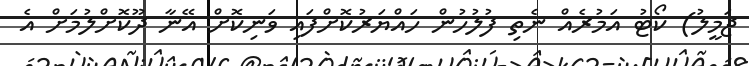
ޖަމީލު) ކޯޓު އަމުރެއް ނެތި ފުލުހުން ހައްޔަރުކޮށްފައި ވަނިކޮށް އޭނާ ދޫކޮށްލުމަށް އެ